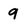
Character: 9